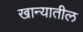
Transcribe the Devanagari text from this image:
खान्यातील